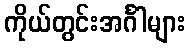
ကိုယ်တွင်းအင်္ဂါများ